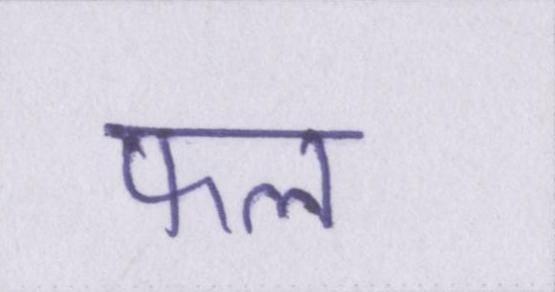
फल